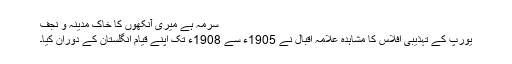
سرمہ ہے میری آنکھوں کا خاک مدینہ و نجف
یورپ کے تہذیبی افلاس کا مشاہدہ علامہ اقبال نے 1905ء سے 1908ء تک اپنے قیام انگلستان کے دوران کیا۔